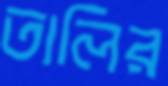
তালির